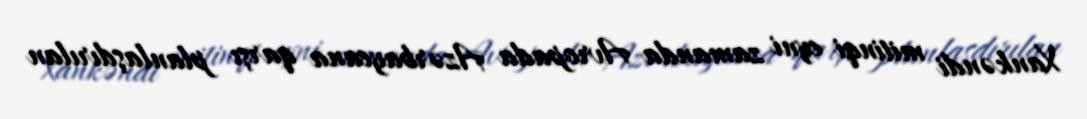
Xankəndi mitinqi eyni zamanda Avropada Azərbaycana qarşı planlaşdırılan